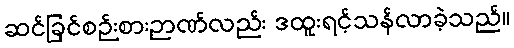
ဆင်ခြင်စဉ်းစားဉာဏ်လည်း ဒထူးရင့်သန်လာခဲ့သည်။